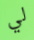
لي